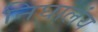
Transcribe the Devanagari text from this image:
निघालंंय